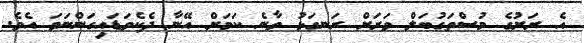
އެ ރަށުގެ މުސްތަގުބަލް ވަރަށް ރަނގަޅު ވާނެ ކަމަށް އޭނާ ދެކެވަޑައިގަންނަވަ އެވެ.